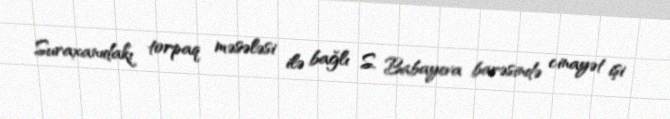
Suraxanıdakı torpaq məsələsi ilə bağlı S. Babayeva barəsində cinayət işi